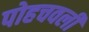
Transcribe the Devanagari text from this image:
पोहचवली